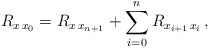
\begin{align*}R_{x\, x_{0}}=R_{x\, x_{n+1}}+\sum_{i=0}^{n}R_{x_{i+1}\, x_{i}}\,,\end{align*}